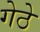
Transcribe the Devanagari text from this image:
गेठे